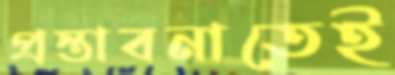
প্রস্তাবনাতেই